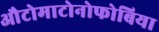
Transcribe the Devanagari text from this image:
औटोमाटोनोफोबिया